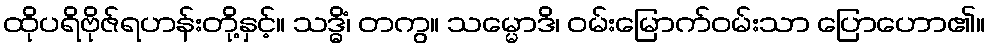
ထိုပရိဗိုဇ်ရဟန်းတို့နှင့်။ သဒ္ဓိံ၊ တကွ။ သမ္မောဒိ၊ ဝမ်းမြောက်ဝမ်းသာ ပြောဟော၏။